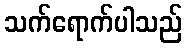
သက်ရောက်ပါသည်